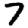
Digit: 7